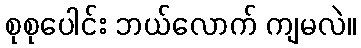
စုစုပေါင်း ဘယ်လောက် ကျမလဲ။